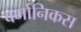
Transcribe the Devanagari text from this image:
बर्मानिकस